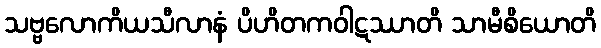
သဗ္ဗလောကိယသီလာနံ ပိဟိတကဝါဋဿာတိ သာမီစိယောတိ